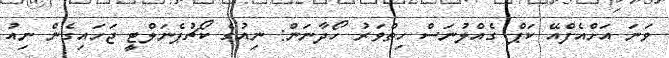
ވަނަ އަށްއެފްއޭ ކަޕް ގެއްލުނަސް ހިތްވަރު ހޯދާނަން: ނިއުގެ ކޯޗުޕެނަލްޓީ ޖަހައިގެން ނިއު